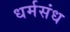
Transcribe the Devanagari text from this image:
धर्मसंध